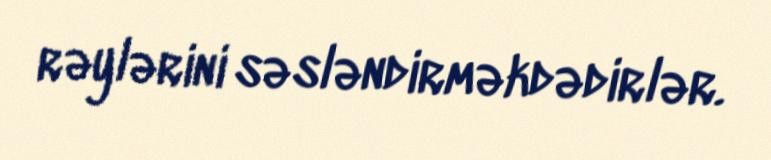
rəylərini səsləndirməkdədirlər.